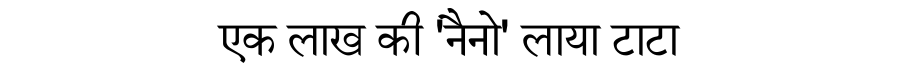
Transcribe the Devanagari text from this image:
एक लाख की 'नैनो' लाया टाटा